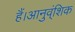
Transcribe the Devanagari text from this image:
हैं।आनुव्ंशिक